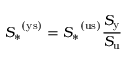
{ S _ { * } } ^ { \mathrm { ( y s ) } } = { S _ { * } } ^ { \mathrm { ( u s ) } } \frac { S _ { \mathrm { y } } } { S _ { \mathrm { u } } }